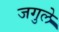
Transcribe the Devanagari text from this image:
जगुले